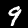
Digit: 9